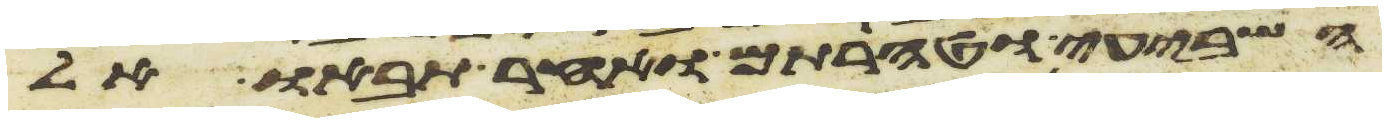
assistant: השביעי וטהרתם ואחר תבאו אל